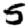
Digit: 5